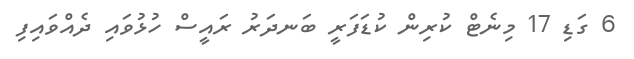
6 ގަޑި 17 މިނެޓް ކުރިން ކުޑަފަރީ ބަނދަރު ރައީސް ހުޅުވައި ދެއްވައިފި